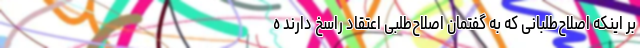
بر اینکه اصلاح‌طلبانی که به گفتمان اصلاح‌طلبی اعتقاد راسخ دارند ه